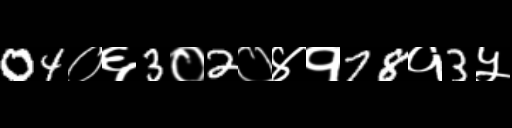
Text: 04०६3०2०४१78१3५